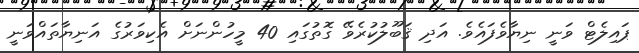
ޕައިލެޓް ވަނީ ނިޔާވެފައެވެ. އަދި ޤަބޫލުކުރެވޭ ގޮތުގައި 40 މީހުންނަށް އެކިވަރުގެ އަނިޔާތައްވަނީ